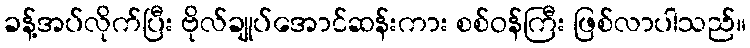
ခန့်အပ်လိုက်ပြီး ဗိုလ်ချုပ်အောင်ဆန်းကား စစ်ဝန်ကြီး ဖြစ်လာပါသည်။